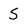
Character: S